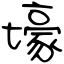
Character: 壕